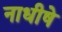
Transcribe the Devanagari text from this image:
नाधीषे